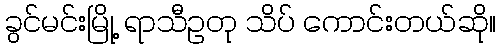
ခွင်မင်းမြို့ ရာသီဥတု သိပ် ကောင်းတယ်ဆို။